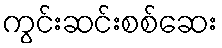
ကွင်းဆင်းစစ်ဆေး